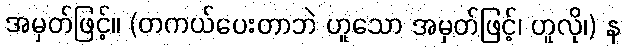
အမှတ်ဖြင့်။ (တကယ်ပေးတာဘဲ ဟူသော အမှတ်ဖြင့်၊ ဟူလို၊) န